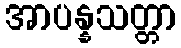
အာပန္နသတ္တာ